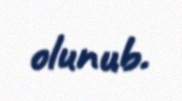
olunub.